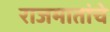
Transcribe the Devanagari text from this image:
राजमातांचे